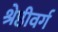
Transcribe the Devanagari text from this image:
श्रेष्ठीवर्ग